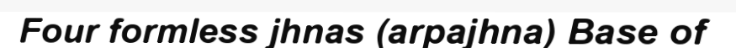
Four formless jhnas (arpajhna) Base of